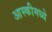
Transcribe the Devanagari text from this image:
आस्कीमध्ये